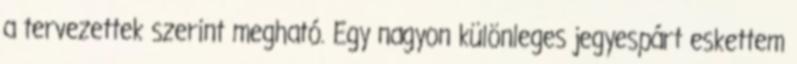
a tervezettek szerint megható. Egy nagyon különleges jegyespárt eskettem